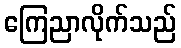
ကြေညာလိုက်သည်